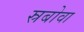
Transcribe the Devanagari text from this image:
स्रबोवा